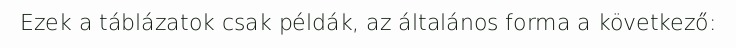
Ezek a táblázatok csak példák, az általános forma a következő: